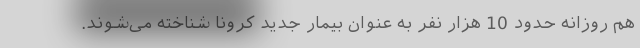
هم روزانه حدود 10 هزار نفر به عنوان بیمار جدید کرونا شناخته می‌شوند.